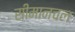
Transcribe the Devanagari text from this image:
सीमानचल